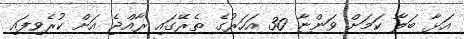
އަޅާ ބަލާ ކަމަށް ވަންޏާ 30 އަހަރުގެ ތެރޭގައި ރާއްޖެ އަށް ކުރެވިފައި